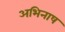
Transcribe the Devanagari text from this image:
अभिनाष